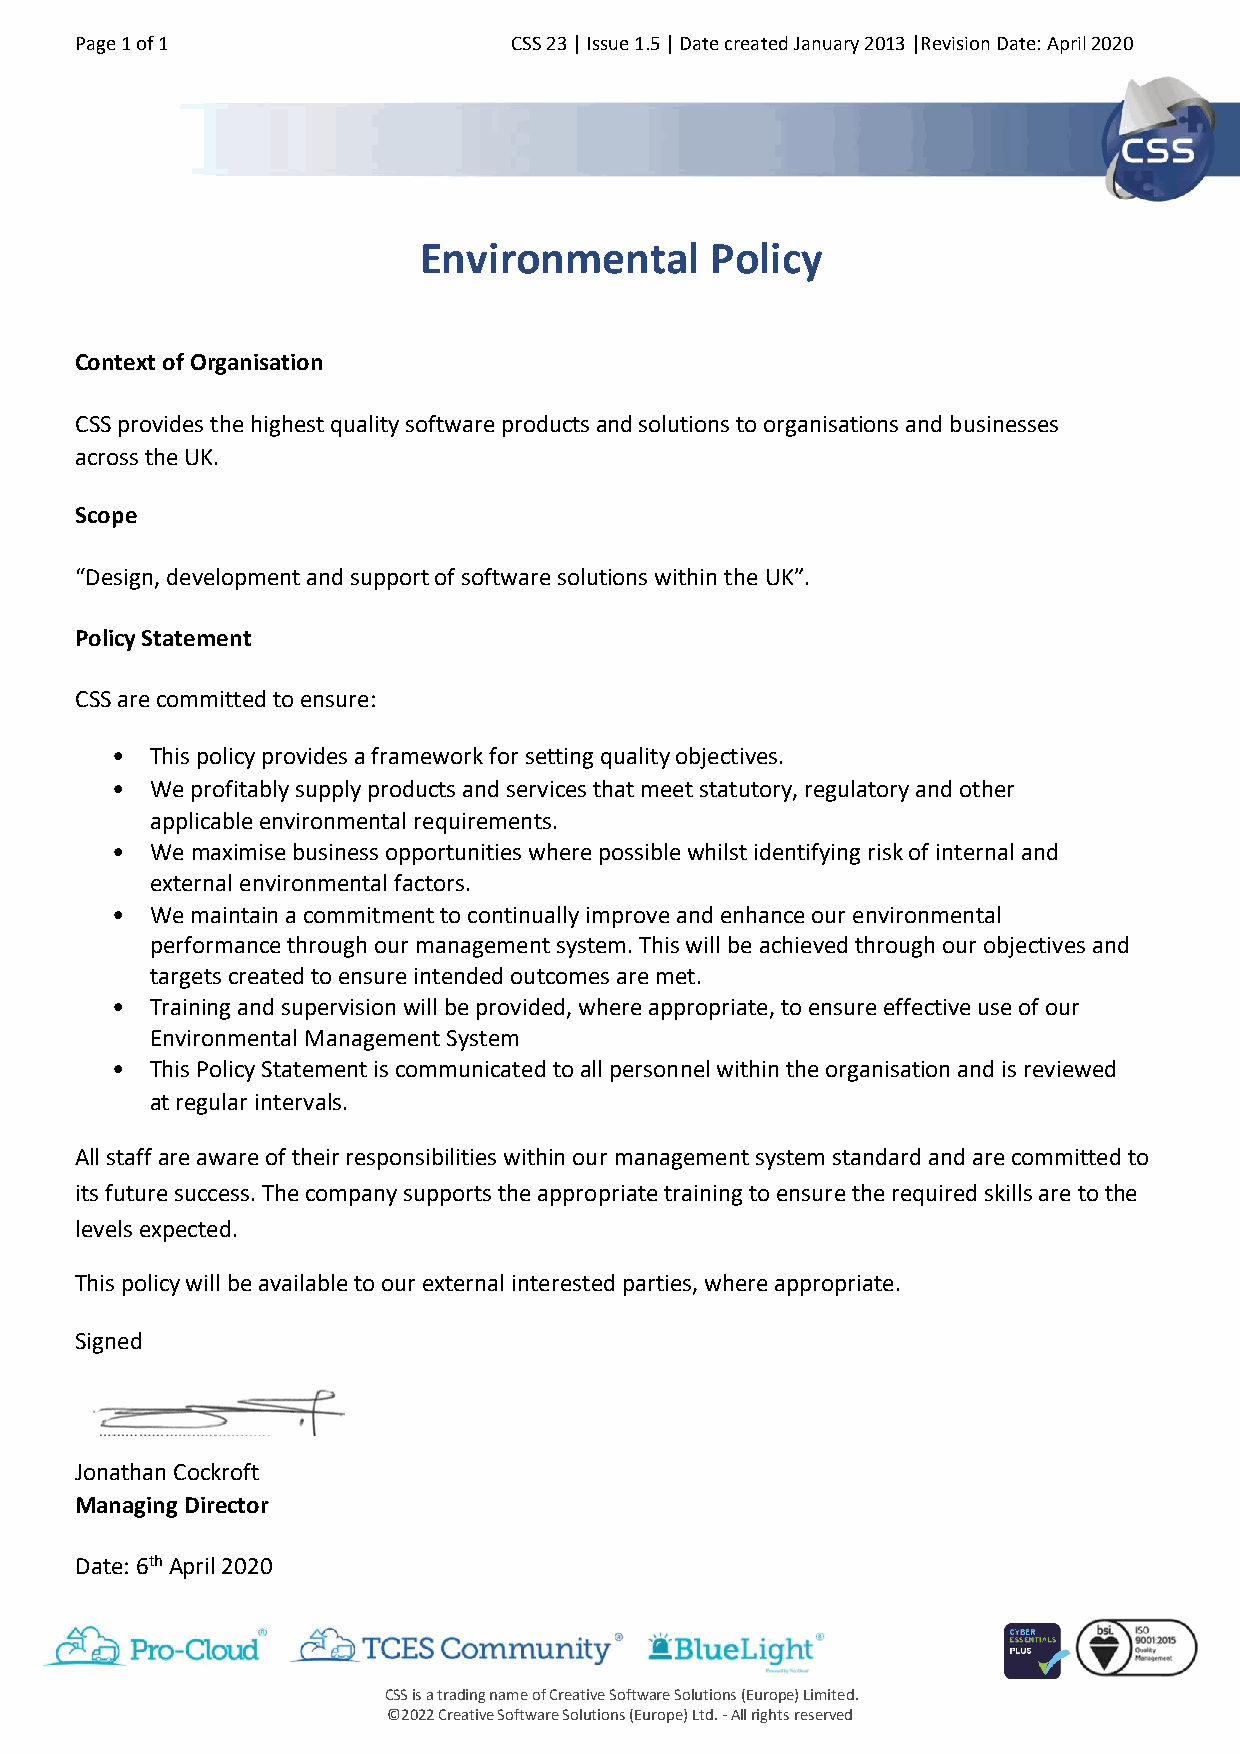
Page 1 of 1                  CSS 23 | Issue 1.5 | Date created January 2013 |Revision Date: April 2020
 Environmental      Policy
 Context of Organisation
 CSS provides the highest quality software products and solutions to organisations and businesses
 across the UK.
 Scope
 “Design, development and support of software solutions within the UK”.
 Policy Statement
 CSS are committed to ensure:
 •  This policy provides a framework for setting quality objectives.
 •  We profitably supply products and services that meet statutory, regulatory and other
 applicable environmental requirements.
 •  We maximise business opportunities where possible whilst identifying risk of internal and
 external environmental factors.
 •  We maintain a commitment to continually improve and enhance our environmental
 performance through our management system. This will be achieved through our objectives and
 targets created to ensure intended outcomes are met.
 •  Training and supervision will be provided, where appropriate, to ensure effective use of our
 Environmental Management System
 •  This Policy Statement is communicated to all personnel within the organisation and is reviewed
 at regular intervals.
 All staff are aware of their responsibilities within our management system standard and are committed to
 its future success. The company supports the appropriate training to ensure the required skills are to the
 levels expected.
 This policy will be available to our external interested parties, where appropriate.
 Signed
 Jonathan Cockroft
 Managing Director
 Date: 6th April 2020
 CSS is a trading name of Creative Software Solutions (Europe) Limited.
 ©2022 Creative Software Solutions (Europe) Ltd. - All rights reserved